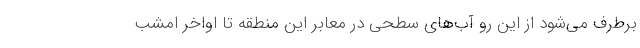
برطرف می‌شود از این رو آب‌های سطحی در معابر این منطقه تا اواخر امشب